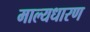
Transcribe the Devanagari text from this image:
माल्यधारण